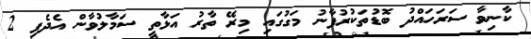
ކާނިވާ ސަރަހައްދު ބޮޑުތަކުރުފާނު މަގުގައި މިރޭ ތާރު އަޅާތީ ސަމާލުވާން އެދެފި 2